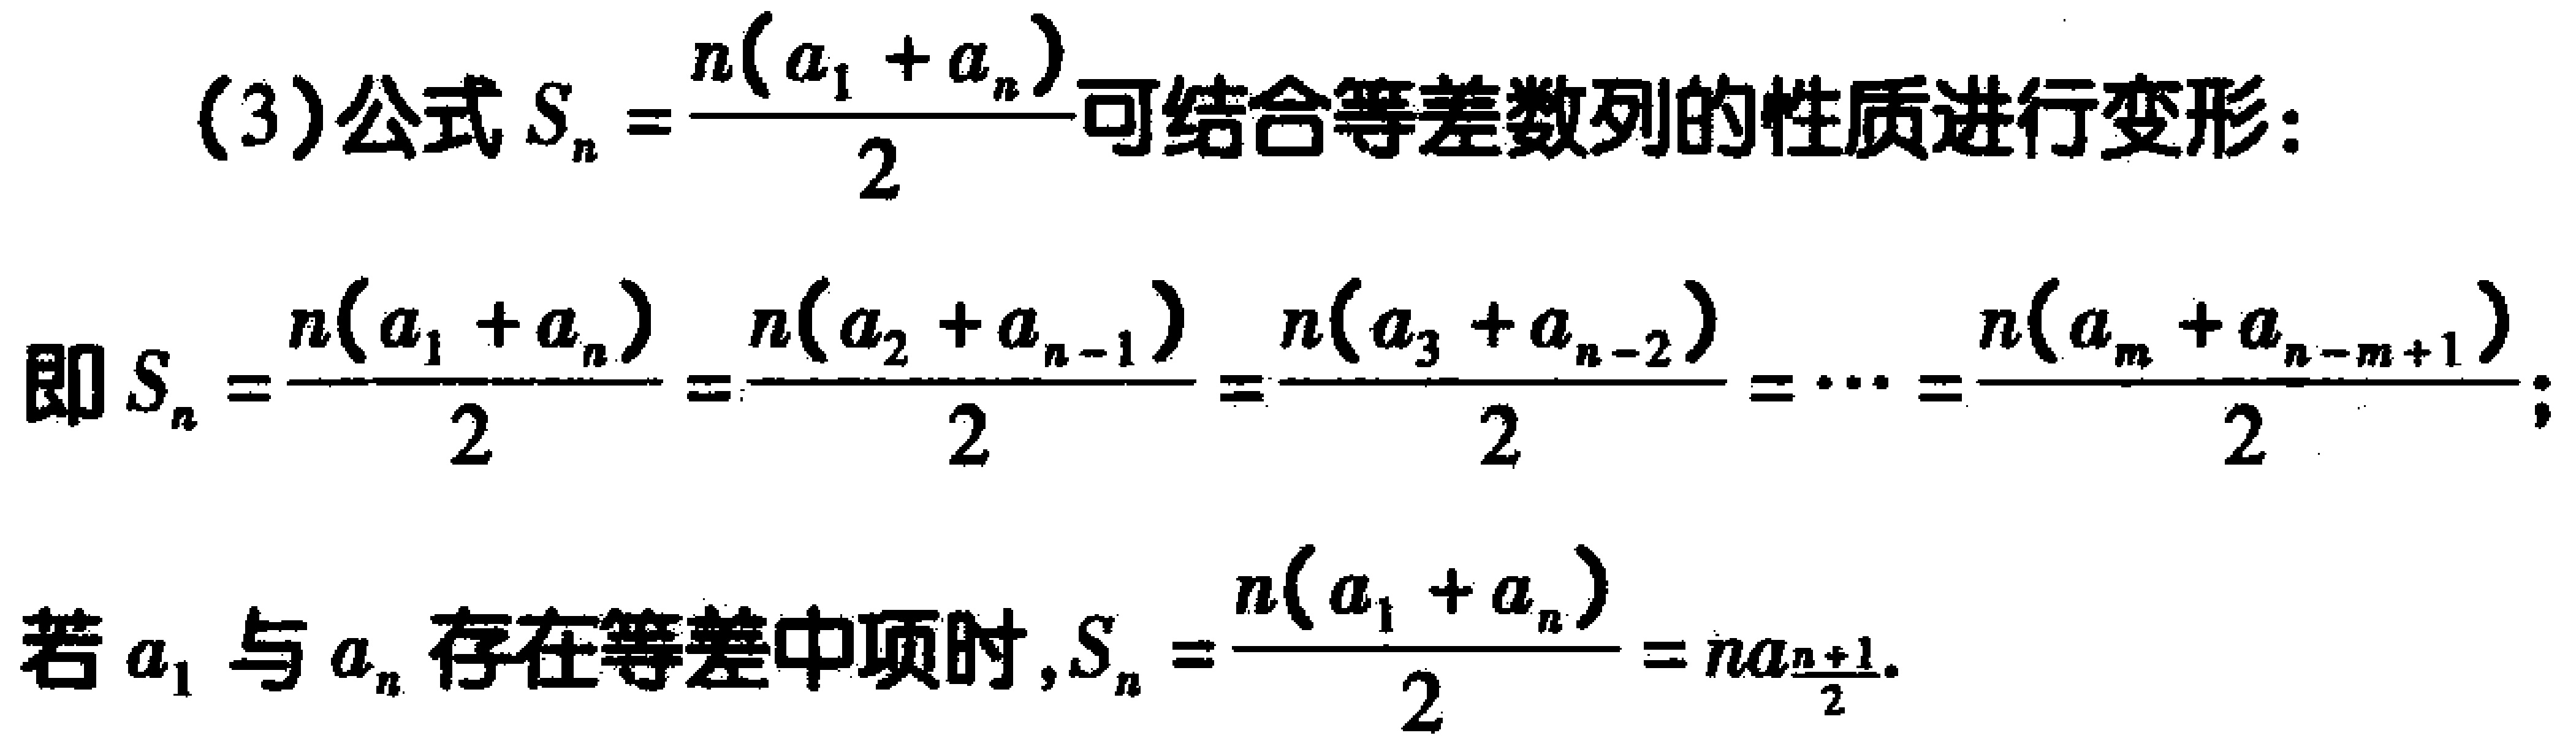
(3)公式\(S_{n}=\frac{n(a_{1} + a_{n})}{2}\)可结合等差数列的性质进行变形：
即\(S_{n}=\frac{n(a_{1} + a_{n})}{2}=\frac{n(a_{2} + a_{n - 1})}{2}=\frac{n(a_{3} + a_{n - 2})}{2}=\cdots=\frac{n(a_{m} + a_{n - m + 1})}{2}\)；
若\(a_{1}\)与\(a_{n}\)存在等差中项时，\(S_{n}=\frac{n(a_{1} + a_{n})}{2}=na_{\frac{n + 1}{2}}\)。